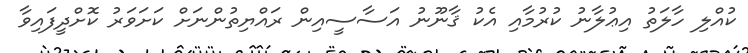
ކުއްލި ހާލަތު އިޢުލާނު ކުރުމާއި އެކު ޤާނޫނު އަސާސީއިން ރައްޔިތުންނަށް ކަށަވަރު ކޮށްދީފައިވާ